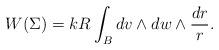
LaTeX: \begin{align*}W(\Sigma) = kR \int_B dv \wedge dw \wedge \frac {dr}{r}.\end{align*}